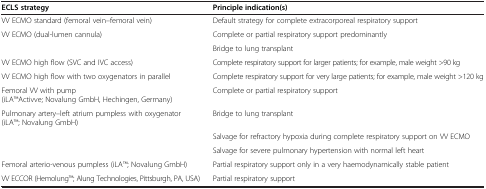
<table><thead><tr><td><b>ECLS strategy</b></td><td><b>Principle indication(s)</b></td></tr></thead><tbody><tr><td>VV ECMO standard (femoral vein–femoral vein)</td><td>Default strategy for complete extracorporeal respiratory support</td></tr><tr><td>VV ECMO (dual-lumen cannula)</td><td>Complete or partial respiratory support predominantly</td></tr><tr><td> </td><td>Bridge to lung transplant</td></tr><tr><td>VV ECMO high flow (SVC and IVC access)</td><td>Complete respiratory support for larger patients; for example, male weight &gt;90 kg</td></tr><tr><td>VV ECMO high flow with two oxygenators in parallel</td><td>Complete respiratory support for very large patients; for example, male weight &gt;120 kg</td></tr><tr><td>Femoral VV with pump (iLATMActivve; Novalung GmbH, Hechingen, Germany)</td><td>Complete or partial respiratory support</td></tr><tr><td>Pulmonary artery–left atrium pumpless with oxygenator (iLATM; Novalung GmbH)</td><td>Bridge to lung transplant</td></tr><tr><td> </td><td>Salvage for refractory hypoxia during complete respiratory support on VV ECMO</td></tr><tr><td> </td><td>Salvage for severe pulmonary hypertension with normal left heart</td></tr><tr><td>Femoral arterio-venous pumpless (iLATM; Novalung GmbH)</td><td>Partial respiratory support only in a very haemodynamically stable patient</td></tr><tr><td>VV ECCOR (HemolungTM; Alung Technologies, Pittsburgh, PA, USA)</td><td>Partial respiratory support</td></tr></tbody></table>